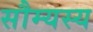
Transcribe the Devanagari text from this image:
सौम्यस्य